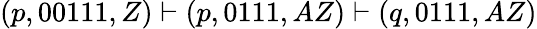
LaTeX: (p,00111,Z)\vdash(p,0111,AZ)\vdash(q,0111,AZ)